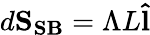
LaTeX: d\mathbf{S_{SB}}=\Lambda L\mathbf{\hat{l}}